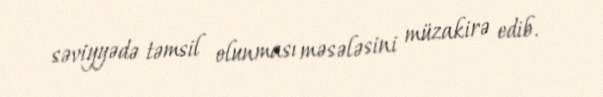
səviyyədə təmsil olunması məsələsini müzakirə edib.